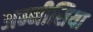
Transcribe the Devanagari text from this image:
अम्नीसिया